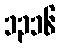
၁၃၁၆